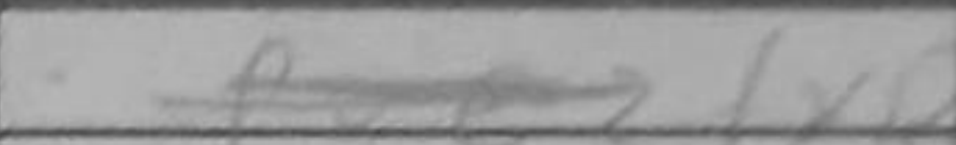
Transcription: fxRc3